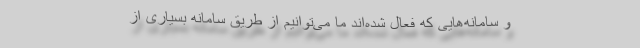
و سامانه‌هایی که فعال شده‌اند ما می‌توانیم از طریق سامانه بسیاری از